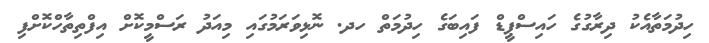
ހިދުމަތާއެކު ދިރާގުގެ ހައިސްޕީޑް ފައިބަގެ ހިދުމަތް ހދ. ނޮޅިވަރަމުގައި މިއަދު ރަސްމީކޮށް އިފްތިތާހްކޮށްފި